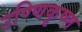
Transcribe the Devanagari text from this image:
उण्णिकृष्ण